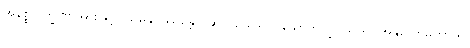
အနိစ္စလက္ခဏာအားဖြင့်။ သမနုပဿန္တော၊ ဆင်ခြင်သော။ သောဘိက္ခု၊ သည်။ အနုလောမိကာယ၊